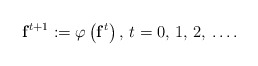
\begin{align*}\mathbf{f}^{t+1}:=\varphi \left( \mathbf{f}^{t} \right),\thinspace t=0,\thinspace 1,\thinspace 2,\thinspace \mathellipsis .\end{align*}